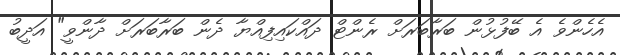
އެހެންވެ އެ ބޭފުޅުން ބަރާބަރަށް ރެންޓް ދައްކައިފިއްޔާ ދެން ބަރާބަރަށް ދާންވީ" އަދީބު